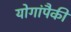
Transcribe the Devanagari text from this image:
योगांपैकी